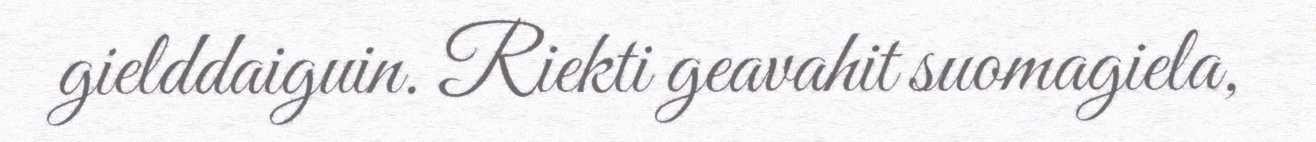
gielddaiguin. Riekti geavahit suomagiela,